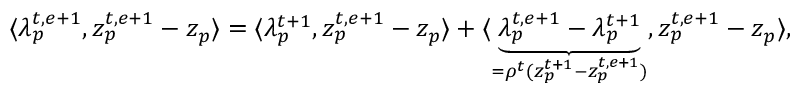
\begin{array} { r l } & { \langle \lambda _ { p } ^ { t , e + 1 } , z _ { p } ^ { t , e + 1 } - z _ { p } \rangle = \langle \lambda _ { p } ^ { t + 1 } , z _ { p } ^ { t , e + 1 } - z _ { p } \rangle + \langle \underbrace { \lambda _ { p } ^ { t , e + 1 } - \lambda _ { p } ^ { t + 1 } } _ { = \rho ^ { t } ( z _ { p } ^ { t + 1 } - z _ { p } ^ { t , e + 1 } ) } , z _ { p } ^ { t , e + 1 } - z _ { p } \rangle , } \end{array}